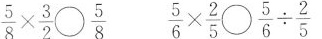
$$\frac { 5 } { 8 } \times \frac { 3 } { 2 } \circ \frac { 5 } { 8 }$$ $$\frac { 5 } { 6 } \times \frac { 2 } { 5 } \circ \frac { 5 } { 6 } \div \frac { 2 } { 5 }$$